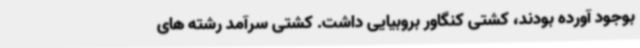
بوجود آورده بودند، کشتی کنگاور بروبیایی داشت. کشتی سرآمد رشته های